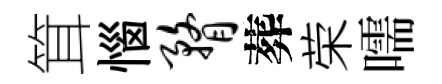
䇯惱瞀葬荣嚅